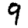
Digit: 9